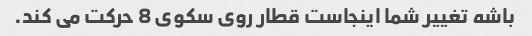
باشه تغییر شما اینجاست قطار روی سکوی 8 حرکت می کند.